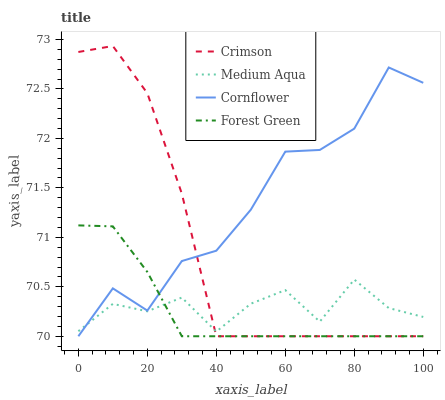
| xaxis_label | Crimson | Medium Aqua | Cornflower | Forest Green |
 | --- | --- | --- | --- | --- |
 | 0 | 72.9 | 70.1 | 70 | 71.1 |
 | 10 | 72.9 | 70.3 | 70.5 | 71.1 |
 | 20 | 72.5 | 70.3 | 70.3 | 70.6 |
 | 30 | 71.4 | 70.4 | 70.8 | 70 |
 | 40 | 70 | 70 | 70.9 | 70 |
 | 50 | 70 | 70.3 | 71.3 | 70 |
 | 60 | 70 | 70.5 | 71.9 | 70 |
 | 70 | 70 | 70.1 | 71.9 | 70 |
 | 80 | 70 | 70.6 | 72.1 | 70 |
 | 90 | 70 | 70.3 | 72.7 | 70 |
 | 100 | 70 | 70.2 | 72.6 | 70 |